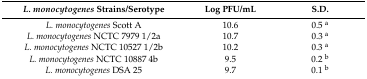
<table><thead><tr><td><b><i>L. monocytogenes</i> Strains/Serotype</b></td><td><b>Log PFU/mL</b></td><td><b>S.D.</b></td></tr></thead><tbody><tr><td><i>L. monocytogenes</i> Scott A</td><td>10.6</td><td>0.5 <sup>a</sup></td></tr><tr><td><i>L. monocytogenes</i> NCTC 7979 1/2a</td><td>10.7</td><td>0.3 <sup>a</sup></td></tr><tr><td><i>L. monocytogenes</i> NCTC 10527 1/2b</td><td>10.2</td><td>0.3 <sup>a</sup></td></tr><tr><td><i>L. monocytogenes</i> NCTC 10887 4b</td><td>9.5</td><td>0.2 <sup>b</sup></td></tr><tr><td><i>L. monocytogenes</i> DSA 25</td><td>9.7</td><td>0.1 <sup>b</sup></td></tr></tbody></table>